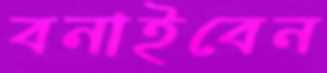
বনাইবেন